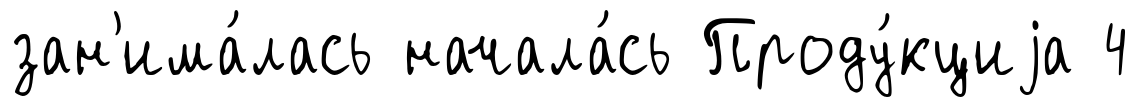
зан'има́лась начала́сь Проду́кциjа 4